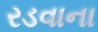
રડવાના